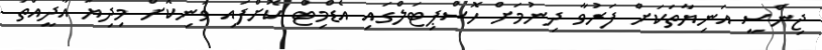
ޖިންސީ އަނިޔާތަކަށް ފަރުވާ ދިނުމަށް ހޮސްޕިޓަލްގައި އެޑްމިޓް ކޮށްފައި ވަނިކޮށް މިދިޔަ އާދީއްތަ